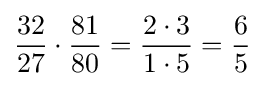
{32 \over 27}\cdot {81 \over 80}={{2\cdot 3} \over {1\cdot 5}}={6 \over 5}